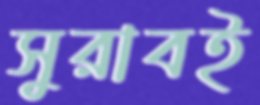
সুরাবই